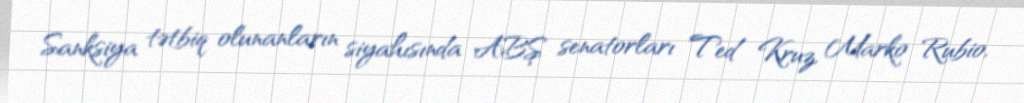
Sanksiya tətbiq olunanların siyahısında ABŞ senatorları Ted Kruz, Marko Rubio,